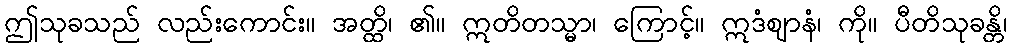
ဤသုခသည် လည်းကောင်း။ အတ္ထိ၊ ၏။ ဣတိတသ္မာ၊ ကြောင့်။ ဣဒံဈာနံ၊ ကို။ ပီတိသုခန္တိ၊